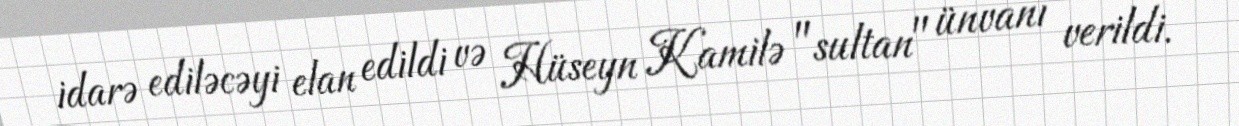
idarə ediləcəyi elan edildi və Hüseyn Kamilə "sultan" ünvanı verildi.